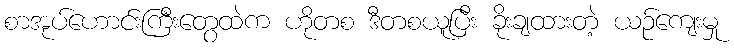
စာအုပ်ဟောင်းကြီးတွေထဲက ဟိုတစ ဒီတစယူပြီး ခိုးချထားတဲ့ ယဉ်ကျေးမှု